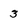
Character: 3